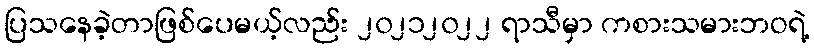
ပြသနေခဲ့တာဖြစ်ပေမယ့်လည်း ၂၀၂၁၂၀၂၂ ရာသီမှာ ကစားသမားဘဝရဲ့